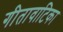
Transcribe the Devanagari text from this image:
गीतावाटिका